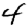
Digit: 4